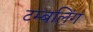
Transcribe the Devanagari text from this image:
टम्बलिंग